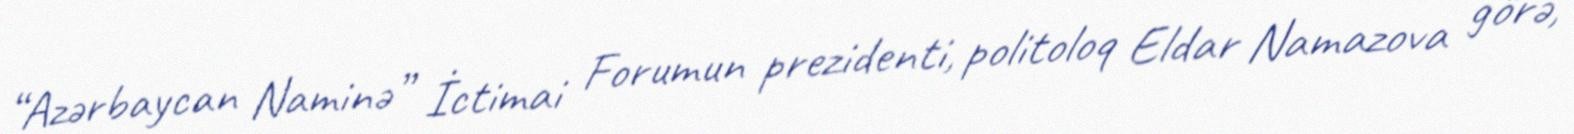
“Azərbaycan Naminə” İctimai Forumun prezidenti, politoloq Eldar Namazova görə,